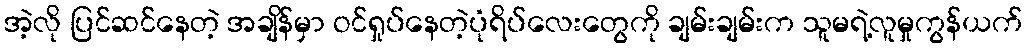
အဲ့လို ပြင်ဆင်နေတဲ့ အချိန်မှာ ဝင်ရှုပ်နေတဲ့ပုံရိပ်လေးတွေကို ချမ်းချမ်းက သူမရဲ့လူမှုကွန်ယက်